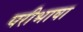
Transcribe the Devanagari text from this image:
परीभाषा